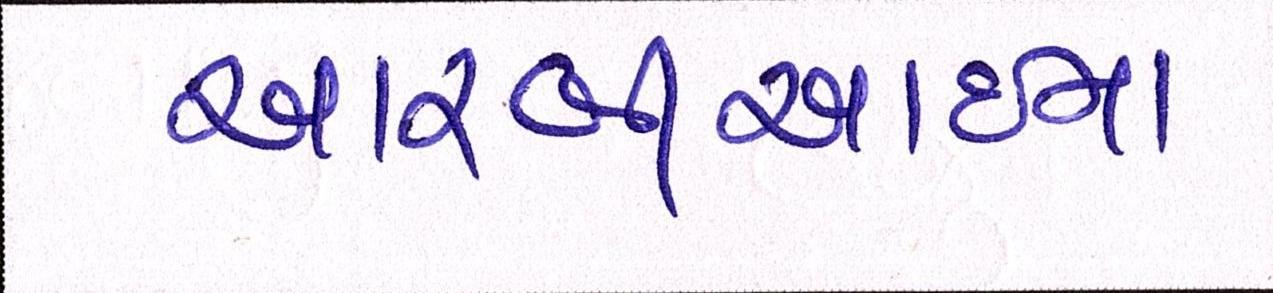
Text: આરબીઆઇના